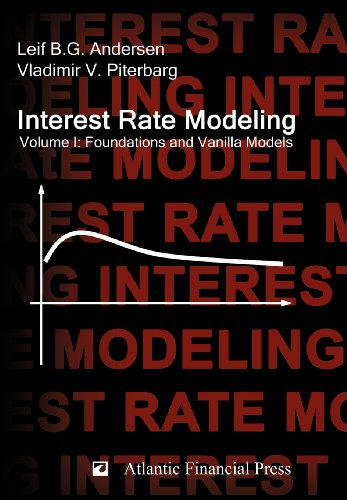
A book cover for Interest Rate Modeling. Volume 1: Foundations and Vanilla Models; Leif B. G. Andersen; Business & Money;